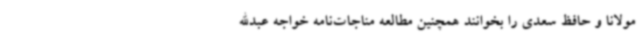
مولانا و حافظ سعدی را بخوانند همچنین مطالعه مناجات‌نامه خواجه عبدالله